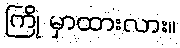
ကြို မှာထားလား။